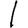
Digit: 1